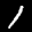
Label: 1